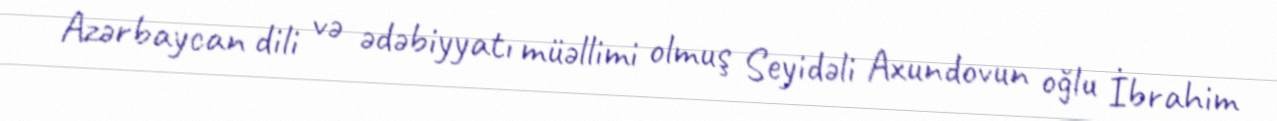
Azərbaycan dili və ədəbiyyatı müəllimi olmuş Seyidəli Axundovun oğlu İbrahim